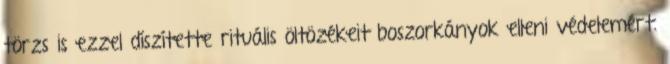
törzs is ezzel díszítette rituális öltözékeit boszorkányok elleni védelemért.